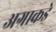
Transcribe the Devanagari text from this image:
अग्राकडे